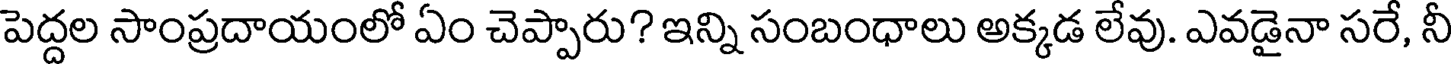
పెద్దల సాంప్రదాయంలో ఏం చెప్పారు? ఇన్ని సంబంధాలు అక్కడ లేవు. ఎవడైనా సరే, నీ